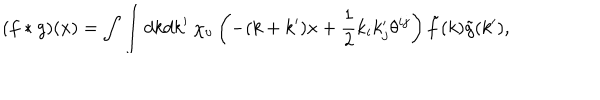
( f \ast g ) ( x ) = \int \int d k d k ^ { \prime } \ \chi _ { \upsilon } \left( - ( k + k ^ { \prime } ) x + \frac 1 2 k _ { i } k _ { j } ^ { \prime } \theta ^ { i j } \right) \tilde { f } ( k ) \tilde { g } ( k ^ { \prime } ) ,